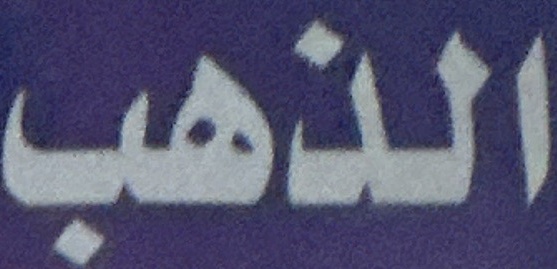
الذهب